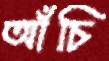
আঁচি